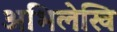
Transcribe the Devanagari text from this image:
अभिलेखि